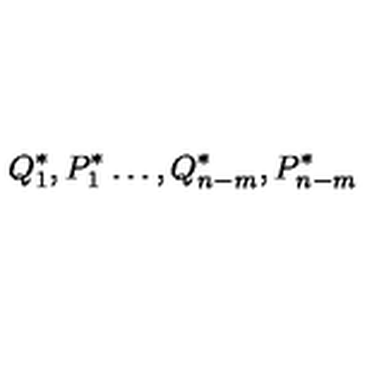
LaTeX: { Q } _ { 1 } ^ { \ast } , { P } _ { 1 } ^ { \ast } \dots , { Q } _ { n - m } ^ { \ast } , { P } _ { n - m } ^ { \ast }